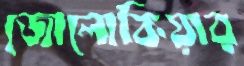
জোলোকিয়ার